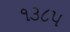
૧૩૮૫